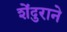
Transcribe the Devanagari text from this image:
शेंदुराने